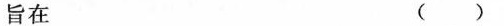
旨在 ( )